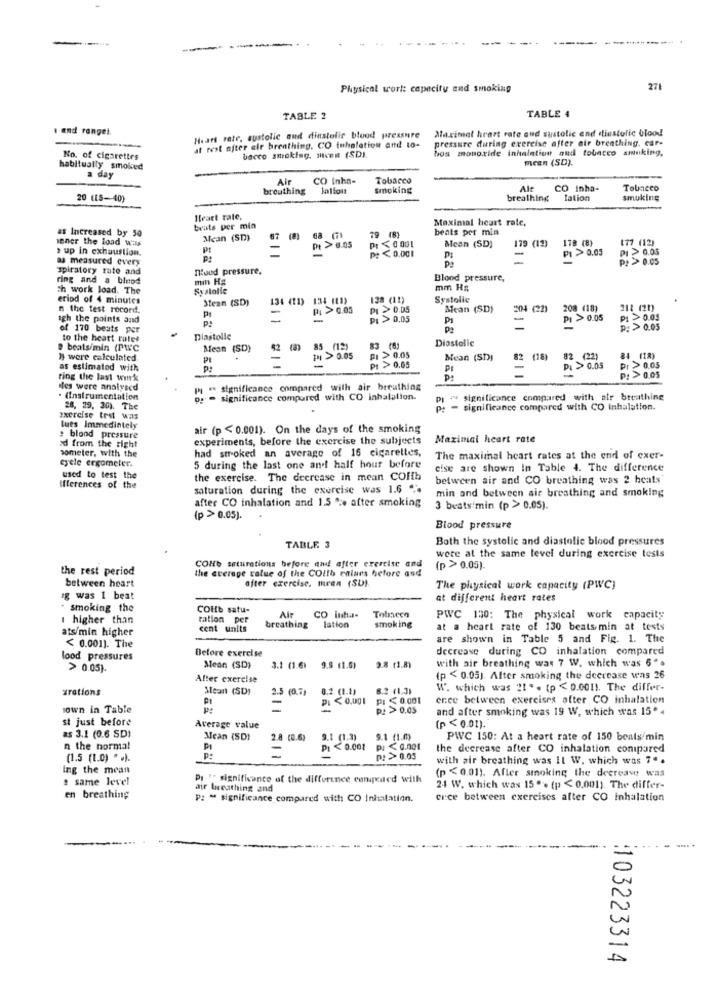
-
-------
---
Physical worl: capacity and smoking
271
TABLE 2
TABLE 4
1 and rangel.
Maximal heart rate and sustolic and diastolic blood
Heart rate, systolic and diastolic blood pressure
pressure during exercise after air breathing, car-
at rest after cir breathing. CO tuhalation and 10-
boa monoride inhalation and tobacco sinking,
No. of cigarettes
bacco smoking. sheen (SD).
MEER (SD).
habitually smoked
a day
Air
CO Inha-
Tobacco
breathing
lations
smoking
Al
CO Inha-
Tobacco
20 (15-40)
breathing
Tation
smoking
Heart rate
Maximal heart rate,
trats per min
beats per min
as Increased by 50
sener the load was
Mean (SD)
67 (8)
79 (8)
Mean (SD)
179 (12)
1TB (8)
› up in exhaustion.
Pt
Pt > 0.05
P: < 0,001
PI > 0.05
as measured every
P :
-
PI 2 0.05
spiratory rate and
moud pressure,
ring and a bleod
mm Hg
Blood pressure,
ch work load. The
Systalle
mm Hg
eriod of 4 minutes
Sean (SD)
134 (11) 134 (11)
128 (11)
Systolic
n the test record.
PL > 0.03
PI > 0.05
Mean (SD)
208 (18)
218 (20)
igh the points and
PI
P:
=
PI > 0,05
-
PI > 0.05
P1 0.05
of 170 beats per
Da
p:> 0.05
to the heart rate!
Diastolic
Diastolic
@ beats/min (PWC
Mean
(SD)
85 (12)
83 (6)
h were calculated
PI
PI > 0.05
PI > 0.05
Mean (SD))
82 (18)
82 (22)
84 (18)
as estimated with
P:
PI > 0.05
PI
-
PL > 0.05
PI 2 0.05
ring the last wisk
P: > 0.05
es were analysed
Pi = significance compared with air breathing
. (Instrumentation
p. - significance compared with CO inhalation.
pi " significance compared with atr breathing
28, 29, 20). The
significance compared with CO inhalation.
exercise test Was
tues Immediately
air (p < 0.001). On the days of the smoking
od from the right
: blood pressure
experiments, before the exercise the subjects
Maximal heart rate
someter, with the
had stroked an average of 16 cigarettes,
eyele ergometer.
The maximal heart rates at the end of exer-
5 during the last one and half hour before
cise are shown In Table 4. The difference
used to test the
the exercise. The decrease in mean COifb
between air and CO breathing was 2 beats
Ifferences of the
saturation during the exercise was 1.6 ".
min and between air breathing and smoking
after CO inhalation and 1.5 " :. after smoking
3 beats'min (p > 0.05).
(p > 0.05).
Blood pressure
Both the systolic and diastolic blood pressures
TABLE 3
COHb saturations before and after exercise and
were at the same level during exercise tests
the rest period
(p > 0.05).
the crerage value of the COith ralaes before and
after exercise. meen (SD).
between heart
The physical work capacity (PWC)
og was I beat
at different heart rates
smoking the
COHb satu-
I higher than
ration per
Air
CO inha-
lation
PWC 130: The physical work capacity
ats/min higher
cent units
breathing
smoking
at a heart rate of 130 beats min at tests
are shown in Table 5 and Fig. 1. The
< 0.001). The
Before exercise
decrease during CO inhalation compared
lood pressures
2.8 (1.8)
with air breathing was 7 W. which was 6".
> 0.05).
Mean (SD)
3.1 (1.6)
9.9 (1.6)
After exercise
(p < 0.05). After smoking the decrease was 26
grations
Mean (SD)
2.5 (0.7)
8.2 (1.1)
8.2 (1.3)
W. which was 2! " . (p < 0.001). The differ-
-
PI <0,001
PI < 0.001
erce between exercises after CO inhalation
sown in Table
DI
p: > 0.05
and after smoking was 19 W, which was 15'4
st just before
Average value
(p < 0.01).
as 3.1 (0.6 SD!
Mean (SD)
2.8 (0.6)
9.1 (1.3)
9.1 (1.0)
PWC 150: At a heart rate of 150 beats/min
n the normal
=
PI < 0.001
PI
the deerease after CO inhalation compared
(1.5 (1.0) * . ).
P :
p: > 0.05
with air breathing was Il W. which was 7".
ing the mean
(p <0.01). After smoking the deereaves was
e same level
Pi V- significance of the difference canqued with
air breathing and
24 W. which was 15 .. (p < 0,001). The differ-
en breathing
p: " significance compared with CO Inhalation.
crce between exercises after CO inhalation
103223314